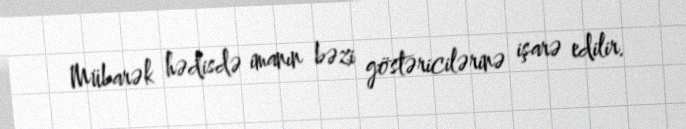
Mübarək hədisdə imanın bəzi göstəricilərinə işarə edilir.